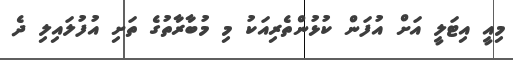
މިއީ އިޓަލީ އަށް އުފަން ކުޅުންތެރިއަކު މި މުބާރާތުގެ ތަށި އުފުލައިލި ދެ